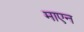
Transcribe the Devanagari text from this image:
माएन